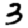
Digit: 3